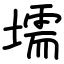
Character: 壖